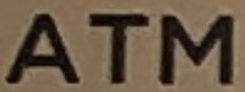
ATM